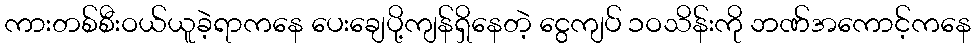
ကားတစ်စီးဝယ်ယူခဲ့ရာကနေ ပေးချေပို့ကျန်ရှိနေတဲ့ ငွေကျပ် ၁ဝသိန်းကို ဘဏ်အကောင့်ကနေ